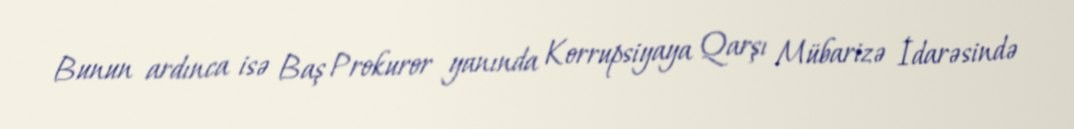
Bunun ardınca isə Baş Prokuror yanında Korrupsiyaya Qarşı Mübarizə İdarəsində